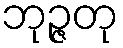
ဘုဉ္ဇတု